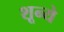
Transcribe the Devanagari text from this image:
शून्ये